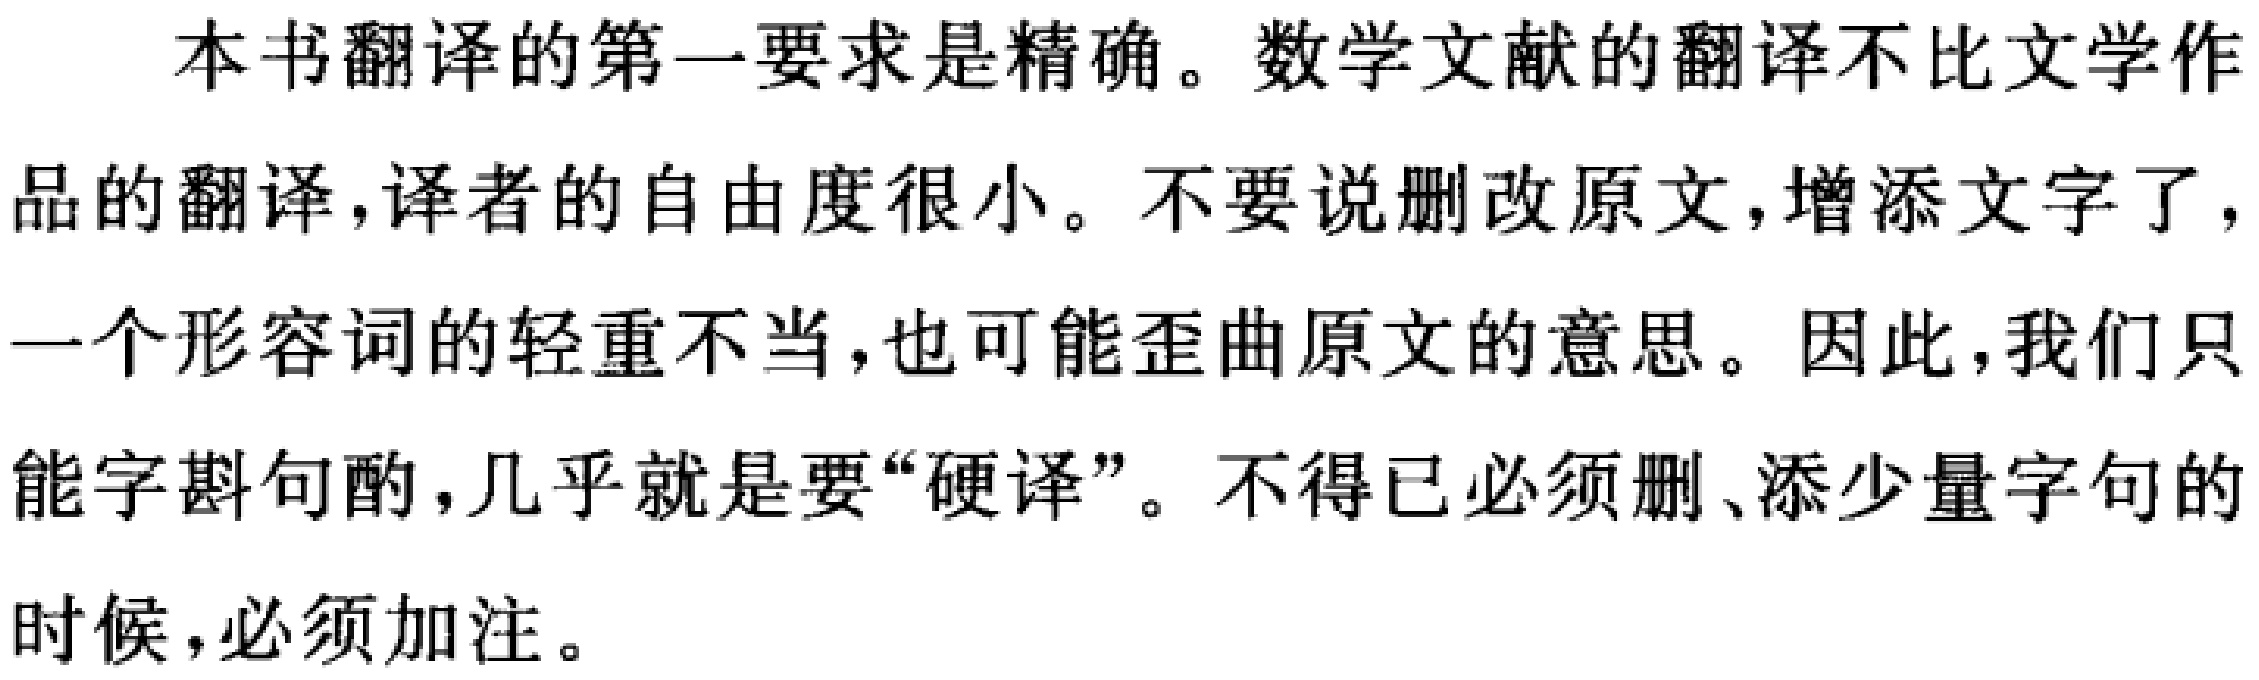
本书翻译的第一要求是精确。数学文献的翻译不比文学作品的翻译，译者的自由度很小。不要说删改原文，增添文字了，一个形容词的轻重不当，也可能歪曲原文的意思。因此，我们只能字斟句酌，几乎就是要“硬译”。不得已必须删、添少量字句的时候，必须加注。